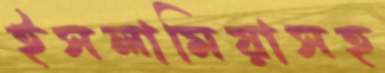
ইসলামিয়াসহ